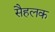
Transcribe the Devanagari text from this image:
सैहलक